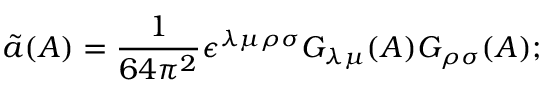
\tilde { a } ( { \cal A } ) = \frac { 1 } { 6 4 \pi ^ { 2 } } \epsilon ^ { \lambda \mu \rho \sigma } G _ { \lambda \mu } ( { \cal A } ) G _ { \rho \sigma } ( { \cal A } ) ;